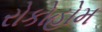
રોકોહોમ